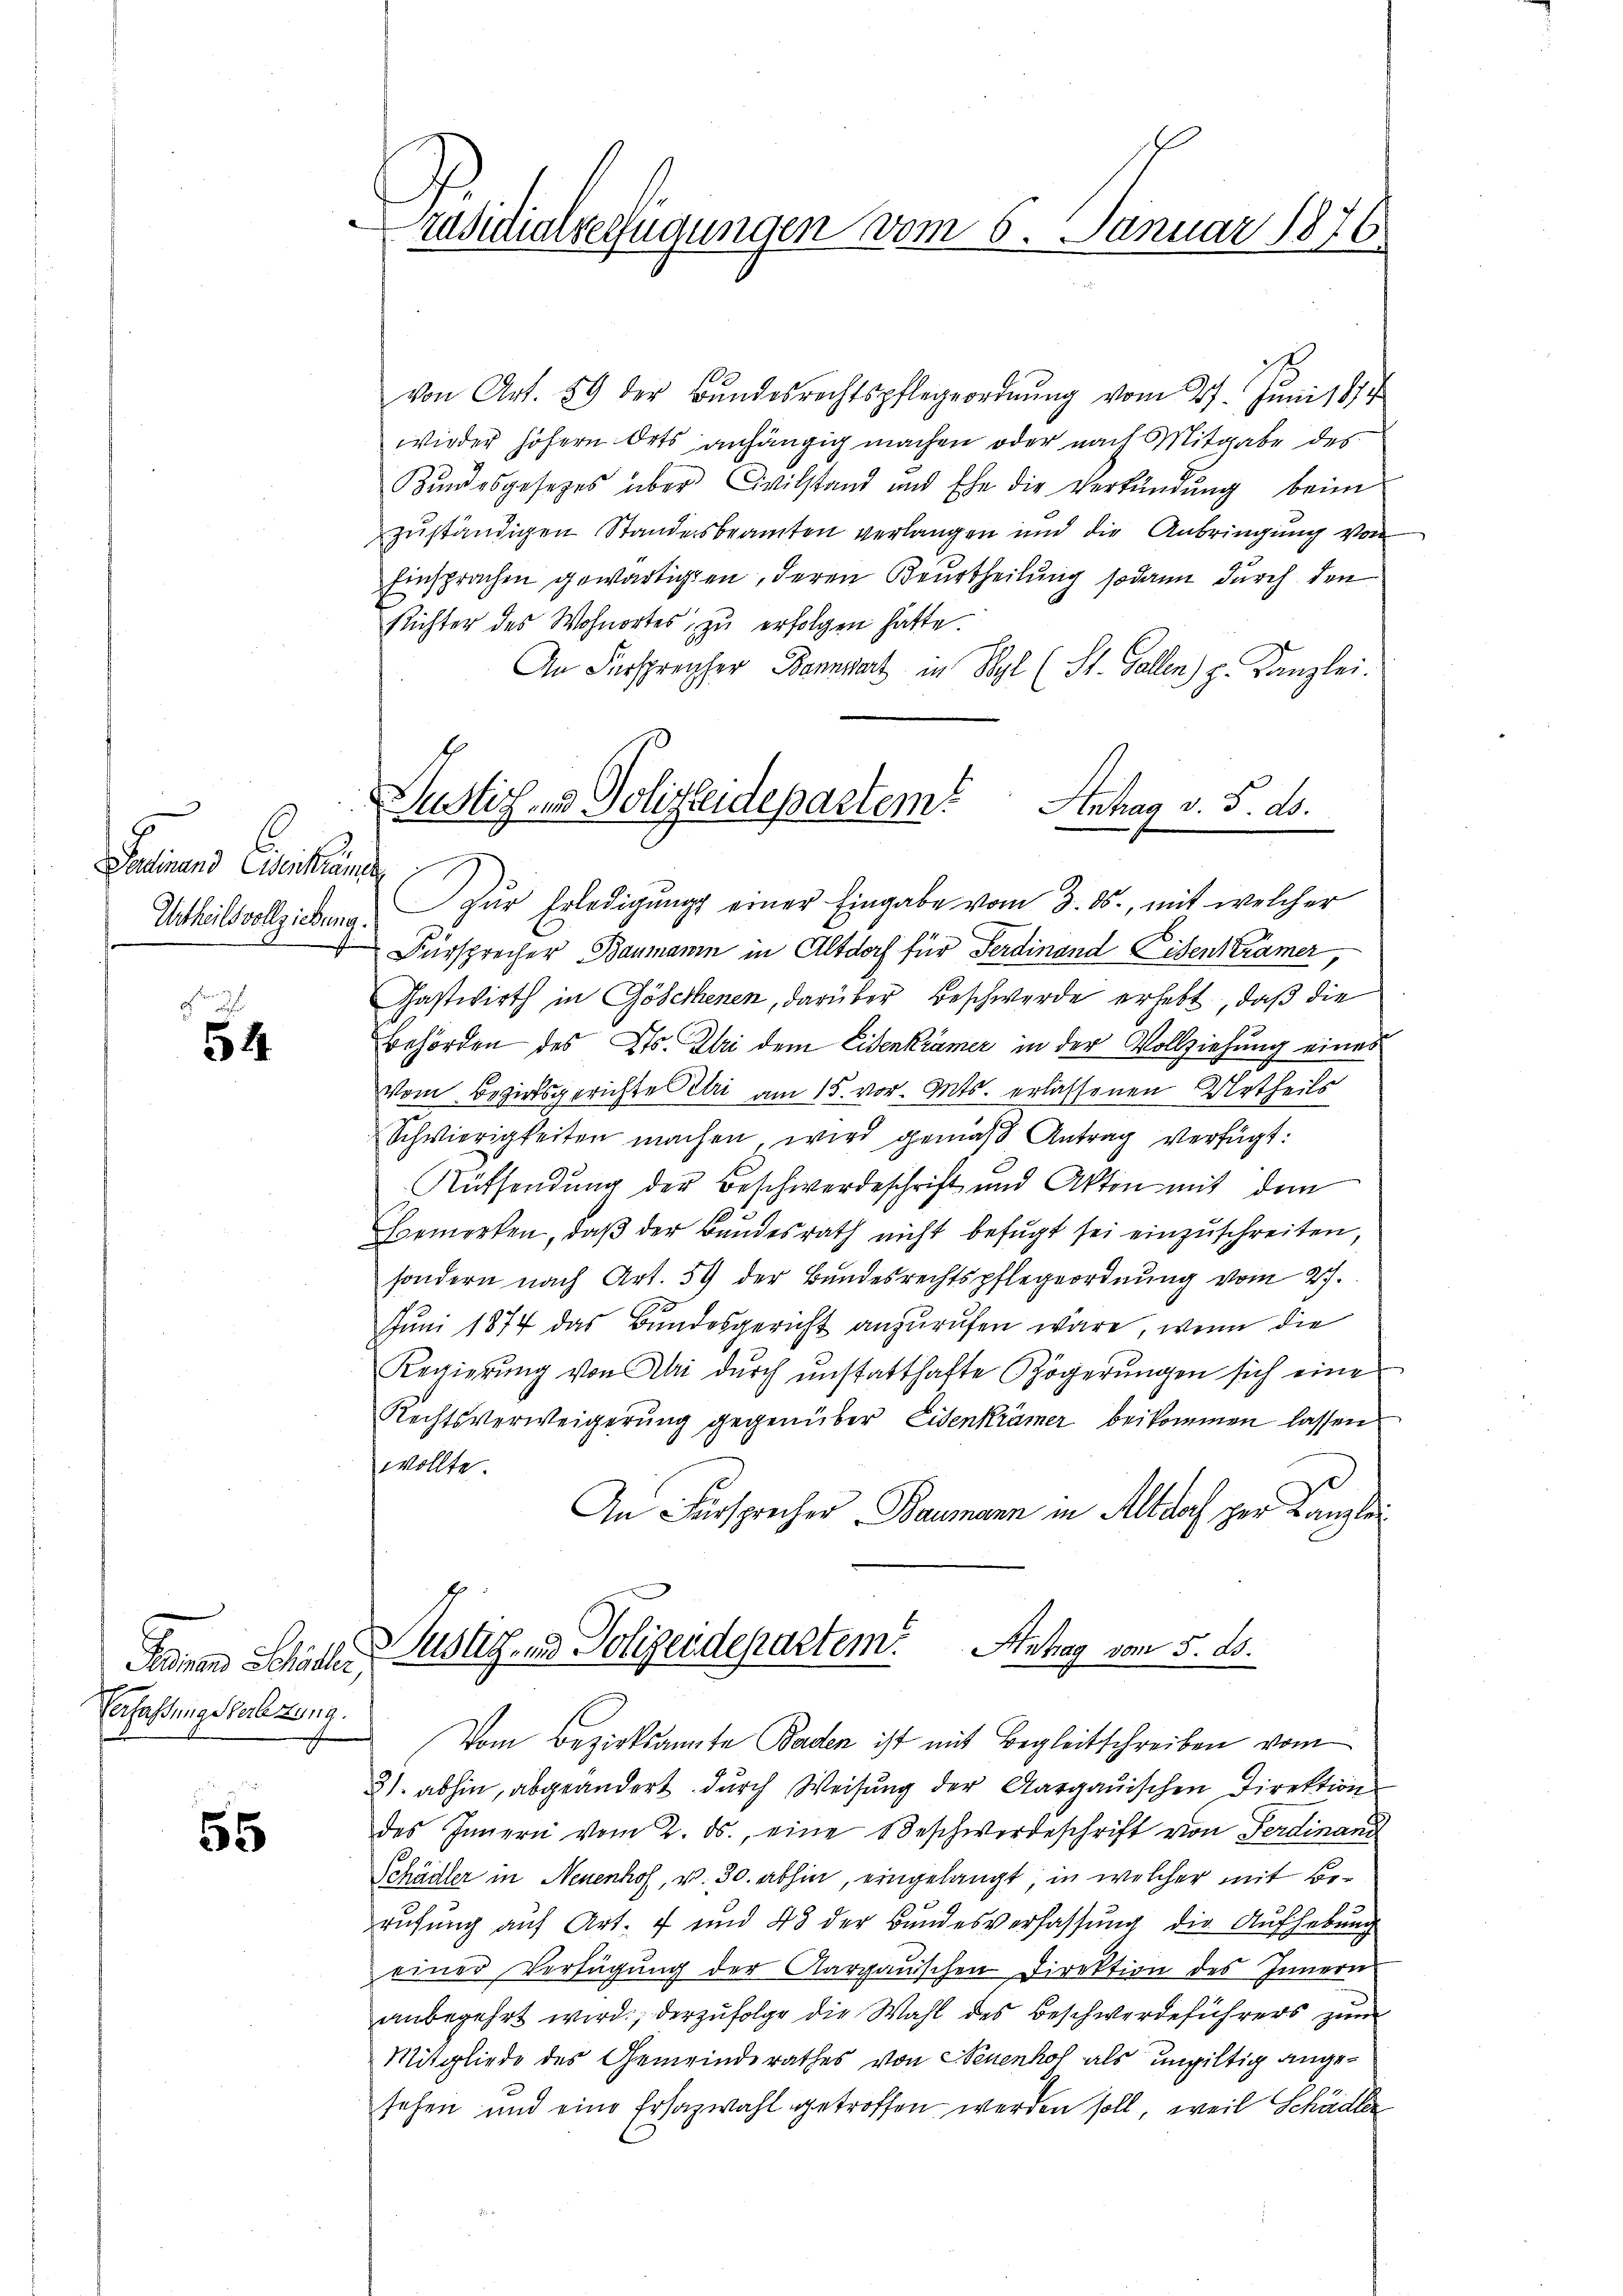
Ferdinand senkrämte
Urtheilsvollziehung.

54

Sonnen Schlisber
VerfassungsVerbezung.

55

räsidialverfügungen vom 5. Januar 1876.

von Art. 89 der Bŭndesrechtspflegeordnŭng vom 27. Jŭni 1874
wieder höhern Orts anhängig machen oder nach Mitgabe des
Bundesgesetzes über Civilstand und Ehe die Verfündŭng beim
zuständigen Standesbeamten verlangen und die Anbringung von
Einsprachen gewärtigten, deren Beurtheilung sodann durch den
Richter des Wohnortes zu erfolgen hatte.
An Fürsprecher Bannwart in Wyl (St. Gallen) p. Kanzlei.
Justiz- & Polizeidepartem Anhag v. 5. ds.

e

Zur Erledigungs einer Eingabe vom 3. ds., mit welcher
Fürsprecher Baumann in Altdorf für Ferdinand Eisenkrämer,
Gastwirth in Göschenen, darüber Beschwerde erhebt, daß die
Behörden des Kts. Uri dem Eisenkrämer in der Vollziehung eines
Vom Bezirksgerichte Petri am 15. vor. Mts. erlassenen Urtheils
Schwierigkeiten machen wird gemäß Antrag verfügt:
Aüssendung der Beschwerdeschrift und Akten mit dem
Bemerken, daβ der Bundesrath nicht befŭgt sei einzŭschreiten,
sondern nach Art. 59 der Bundesrechtspflegeordnung vom 27.
Juni 1874 das Bundesgericht anzurufen wäre, wenn die
Regierŭng von Uri dŭrch ŭnstatthafte Zögerŭngen sich eine
Rechtsverweigerung gegenüber Eisenkrämer beikommen lassen.
wollte.
An Fürsprecher Baumann in Altdoch per Kanzlei
Justiz- und Polizendepartem Anhag vom 5. ds.
Vom Bezirksamte Baden ist mit Begleitschreiben vom
21. abhin, abgeändert durch Weisung der Aargauischen Direktion
des Innern vom 2. ds., eine Beschwerdeschrift von Ferdinand
Schädler in Neuenhof, v. 30. abhin, eingelangt, in welcher mit Berufung auf Art. 7 und 48 der Bundesverfassung die Aufhebung
einer Verfügŭng der Aargauischen Direktion des Innern
anbegehrt wird, derzufolge die Wahl des Beschwerdeführers zum
Mitgliede des Gemeinderathes von Neuenhof als ungültig angesehen und eine Ersazwahl getroffen werden soll, weil Schädler